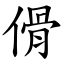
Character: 傦